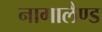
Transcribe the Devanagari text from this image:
नागालैण्‍ड